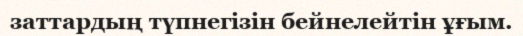
заттардың түпнегізін бейнелейтін ұғым.